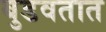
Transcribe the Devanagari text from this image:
बुडवतात